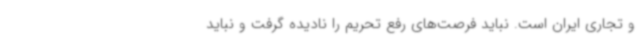
و تجاری ایران است. نباید فرصت‌های رفع تحریم را نادیده گرفت و نباید